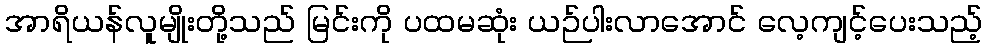
အာရိယန်လူမျိုးတို့သည် မြင်းကို ပထမဆုံး ယဉ်ပါးလာအောင် လေ့ကျင့်ပေးသည့်